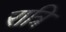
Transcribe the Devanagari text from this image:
रात्रि